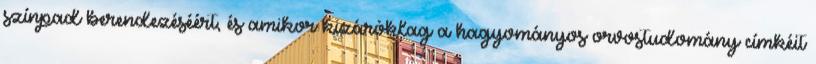
színpad berendezéséért, és amikor kizáróklag a hagyományos orvostudomány címkéit